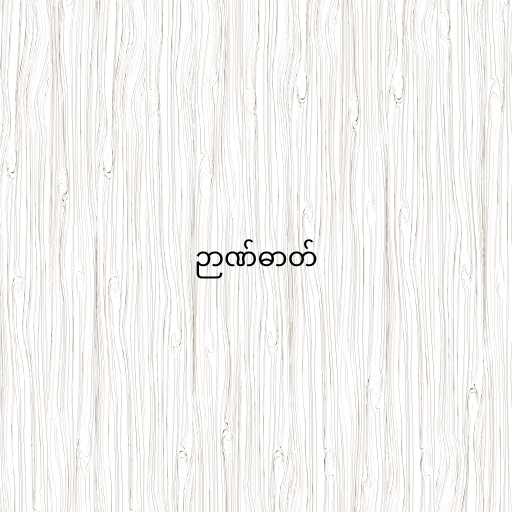
ဉာဏ်ဓာတ်